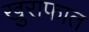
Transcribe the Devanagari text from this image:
खुराफात